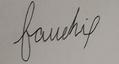
Signature authenticity: forged